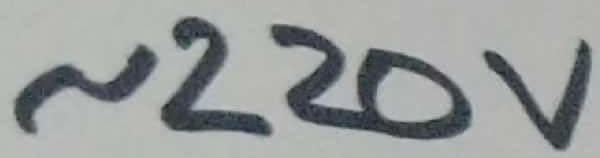
Text: ~220V